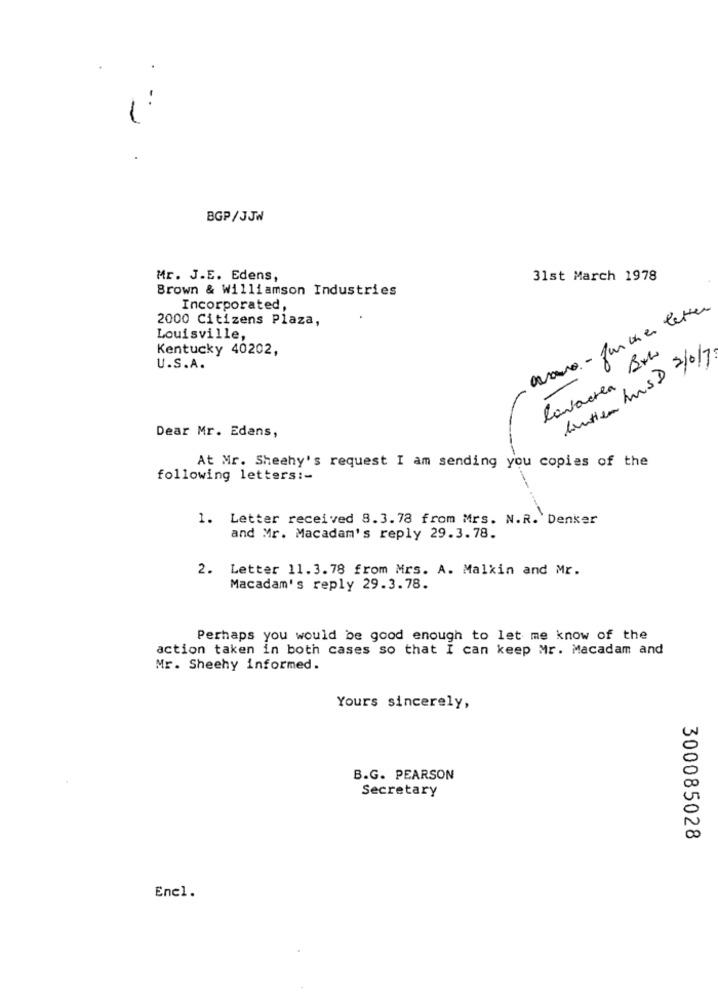
BGP/JJW
Mr. J.E. Edens,
31st March 1978
Brown & Williamson Industries
Incorporated,
avana - further letter
2000 Citizens Plaza,
Louisville,
Kentucky 40202,
lavacrea Bxh
Contien hus D 2/0/7
U.S.A.
Dear Mr. Edans,
At Mr. Sheehy's request I am sending you copies of the
following letters :-
1. Letter received 8.3.78 from Mrs. N.R. Denker
and Mr. Macadam's reply 29.3.78.
2. Letter 11.3.78 from Mrs. A. Malkin and Mr.
Macadam's reply 29.3.78.
Perhaps you would be good enough to let me know of the
action taken in both cases so that I can keep Mr. Macadam and
Mr. Sheehy informed.
Yours sincerely,
B.G. PEARSON
Secretary
300085028
Enel.